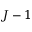
J - 1